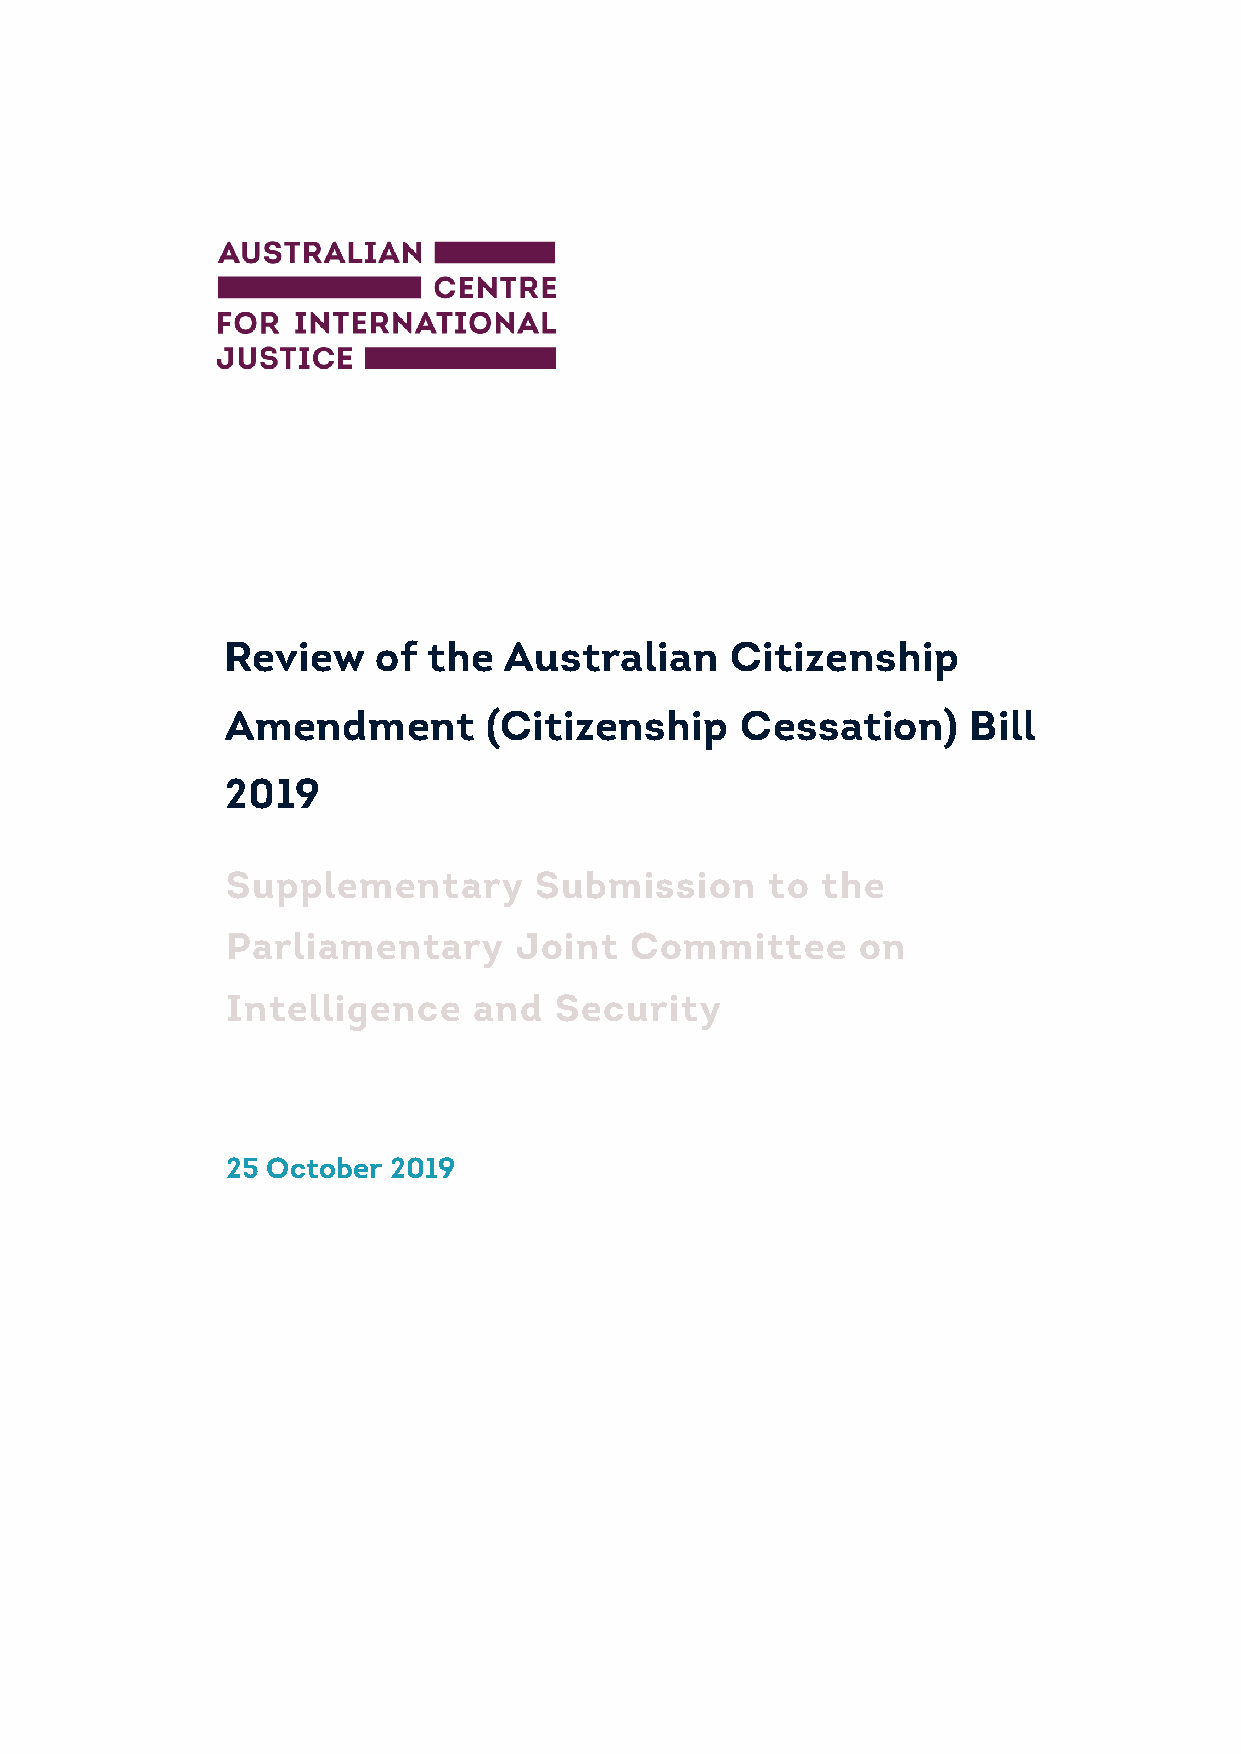
Review    of the  Australian     Citizenship
 Amendment        (Citizenship     Cessation)     Bill
 2019
 Supplementary       Submission      to the
 Parliamentary      Joint   Committee      on
 Intelligence    and   Security
 25 October 2019